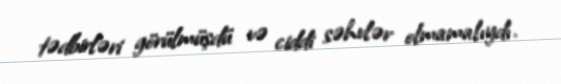
tədbirləri görülmüşdü və ciddi səhvlər olmamalıydı.